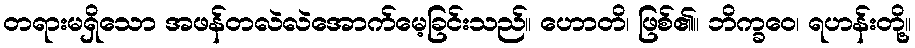
တရားမရှိသော အဖန်တလဲလဲအောက်မေ့ခြင်းသည်။ ဟောတိ၊ ဖြစ်၏။ ဘိက္ခဝေ၊ ရဟန်းတို့။